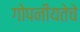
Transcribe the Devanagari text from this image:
गोपनीयतेचे